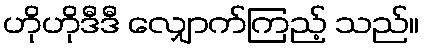
ဟိုဟိုဒီဒီ လျှောက်ကြည့် သည်။